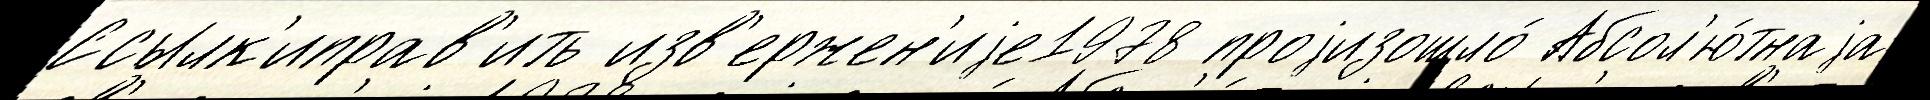
Ссылк'иправ'ить изв'ержен'иjе1978 проjизошло́ Абсол'ю́тнаjа